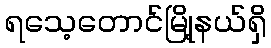
ရသေ့တောင်မြို့နယ်ရှိ